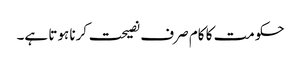
حکومت کا کام صرف نصیحت کرنا ہوتا ہے۔